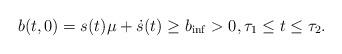
LaTeX: \begin{align*} b(t,0) = s(t)\mu+ \dot{s} (t) \ge b_{\mathrm{inf}} >0,\tau_1 \le t \le\tau_2.\end{align*}